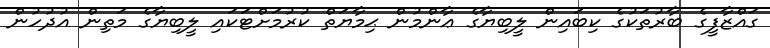
ގައްޒާފީގެ ބާރުތަކުގެ ކިބައިން ލީބިޔާގެ ޢާންމުން ޙިމާޔަތް ކުރުމަށްޓަކައި ލީބިޔާގެ މަތިން އުދުހުން